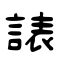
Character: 諘